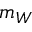
m _ { W }